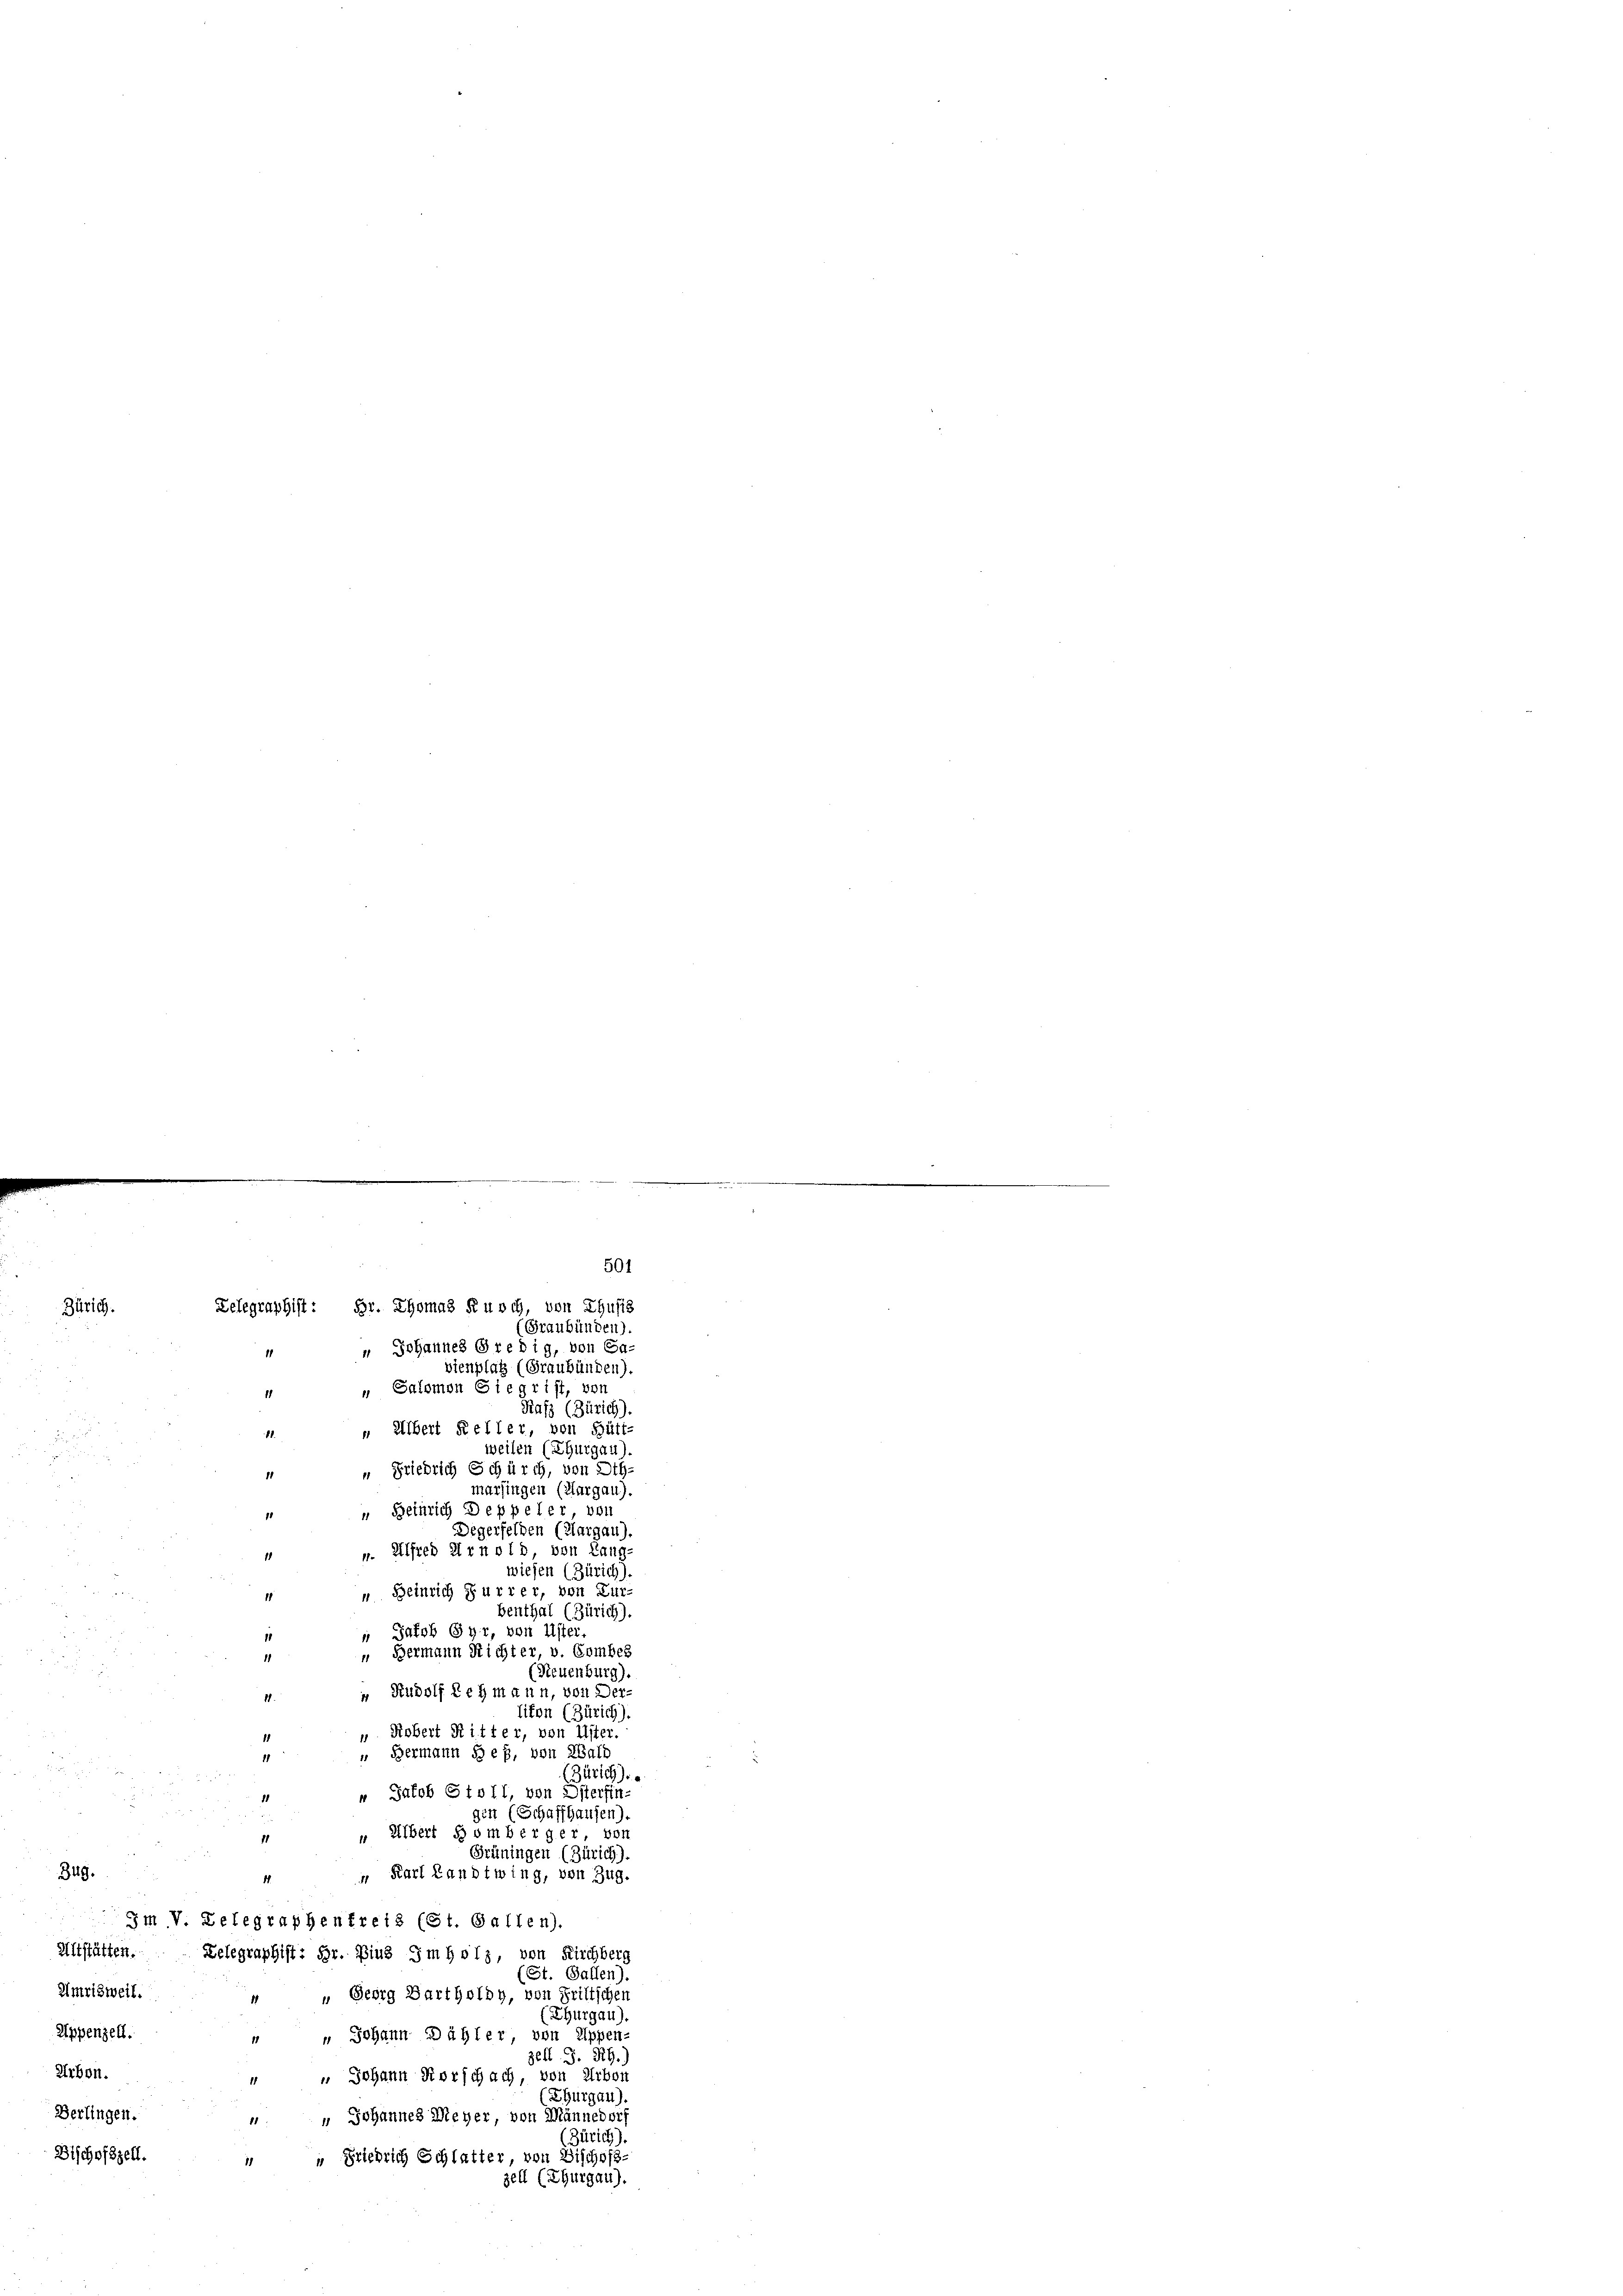
Zürich.

501
Zelegraphist: Hr. Thomas Kusch, von Thusis
(Graubünden).

" Johannes Gredig, von Ga-
vienplatz (Graubünden).
" Salomon Siegrist, von
Rafs (Zürich).
 Albert Keller, von Hütt-
11.
u
.
weilen (Thurgau).
e
 Friedrich Schürch, von Oth-
1
¬
marsingen (Margau).
" Heinrich Deppeler, von
1
Degerfelden (Hargau).
m. Alfred Arnold von Lang-
1
wiesen (Zürich).
 Beinrich Furrer, von Zur-
benthal (Zürich).
Jakob Gyr, von Uster.
11
“ Bermann Richter, v. Combes
(Neuenburg).
 Rudolf Lehmann, von Der-
11.
tikon (Zürich).
". Robert Ritter, von Uster
“ Bermann Heß, von Wall
11

(Zürich).

“ Jakob Stoll, von Osterfin-
gen (Schaffhausen).
" Albert Homberger vor
1
Grüningen (Zürich).
349.
 Karl Landtwing, von Zug.
11.
3m V. Belegraphenfreis (St. Gallen.
Altstätten. Telegraphist: Hr. Pius Imholz, von Kirchberg
St. Gallen).
Umrisweil.
 " Georg Bartholdy, von Fritschen
(Thurgau).
Appenzell.
  Johann Dähler von Appen-
zell S. RG.
Arbon.
" " Johann Kerschach, von Arbon
(Thurgau).
Berlingen.
 " Johannes Meyer, von Männedorf
(Zürich).
Bischofszell.
 " Friedrich Schlatter, von Bischofs-
zell (Thurgau).